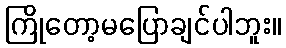
ကြိုတော့မပြောချင်ပါဘူး။